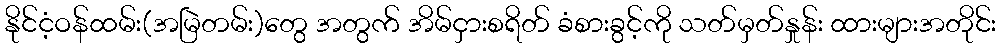
နိုင်ငံ့ဝန်ထမ်း(အမြဲတမ်း)တွေ အတွက် အိမ်ငှားစရိတ် ခံစားခွင့်ကို သတ်မှတ်နှုန်း ထားများအတိုင်း